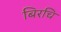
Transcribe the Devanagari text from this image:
बिरचि